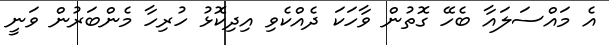
އެ މައްސަލައާ ބެހޭ ގޮތުން ވާހަކަ ދެއްކެވި އިދިކޮޅު ހުރިހާ މެންބަރުން ވަނީ